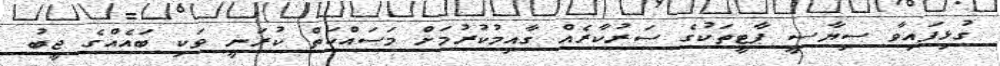
ގުޅިފައިވާ ސިޔާސީ ޕާޓީތަކުގެ ސަރުކާރެއް ގާއިމުކުރުމަށް މަސައްކަތް ކުރަނީ ވަކި ބައެއްގެ ޖީބު